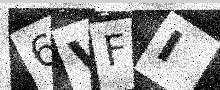
Text: 6VFI